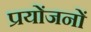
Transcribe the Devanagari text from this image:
प्रयोंजनों